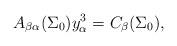
LaTeX: \begin{align*} A_{\beta\alpha}({\Sigma_0})y^3_{\alpha} = C_\beta({\Sigma_0}), \end{align*}